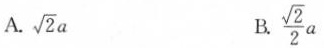
A.$$\sqrt { 2 } a$$ B.$$\frac { \sqrt { 2 } } { 2 } a$$